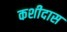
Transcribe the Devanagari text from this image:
कशीदास